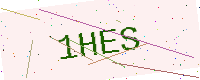
Text: 1HES